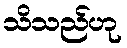
သိသည်ဟု